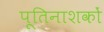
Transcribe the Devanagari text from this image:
पूतिनाशकों